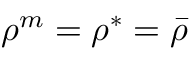
\rho ^ { m } = \rho ^ { * } = \bar { \rho }